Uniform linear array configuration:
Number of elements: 4
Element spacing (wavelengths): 0.25
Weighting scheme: kaiser
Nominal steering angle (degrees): -15
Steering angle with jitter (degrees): -13.506
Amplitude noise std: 0.05
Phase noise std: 0.05

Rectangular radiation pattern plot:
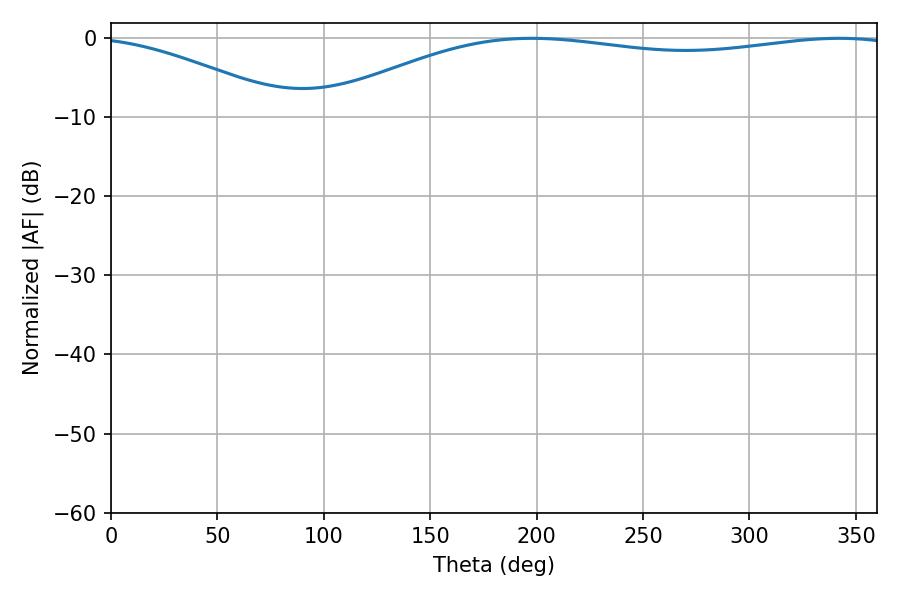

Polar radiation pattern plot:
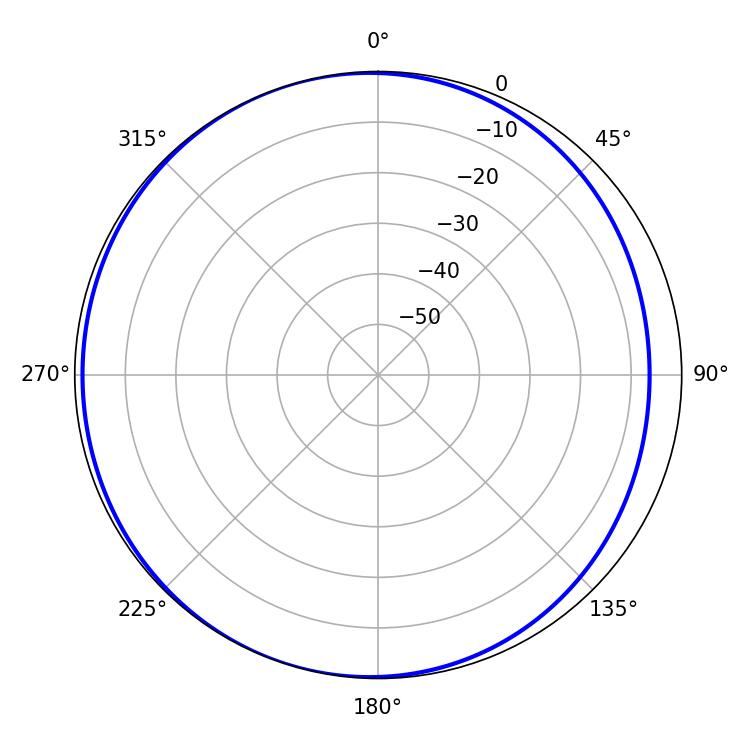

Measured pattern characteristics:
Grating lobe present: FALSE
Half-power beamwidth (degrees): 219.6
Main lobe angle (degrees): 197.82